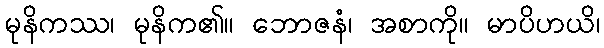
မုနိကဿ၊ မုနိက၏။ ဘောဇနံ၊ အစာကို။ မာပိဟယိ၊